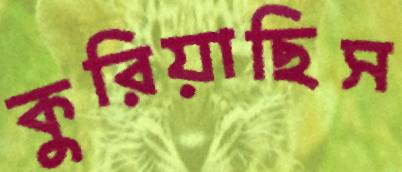
কুরিয়াছিস